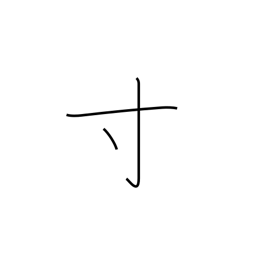
Meaning: a little